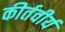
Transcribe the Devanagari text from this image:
कीर्तवीर्य